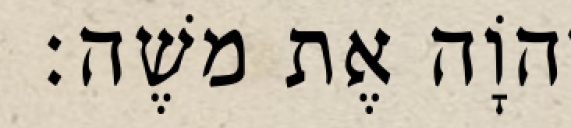
יְהוָֹה אֶת משֶׁה׃